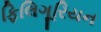
ફિલિગૂરિયન